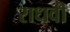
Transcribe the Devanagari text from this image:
राधवी